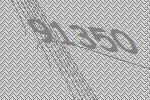
91350